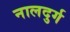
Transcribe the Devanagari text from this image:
नालदुर्ग